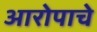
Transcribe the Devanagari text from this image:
आरोपाचे